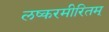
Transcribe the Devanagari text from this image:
लष्करमीरितम्